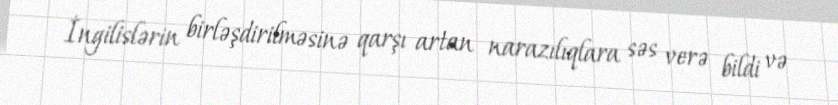
İngilislərin birləşdirilməsinə qarşı artan narazılıqlara səs verə bildi və